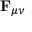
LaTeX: \mathbf { F } _ { \mu \nu }